Leaving Certificate Examination (including Day School Certificate (Higher) General paper), 1935
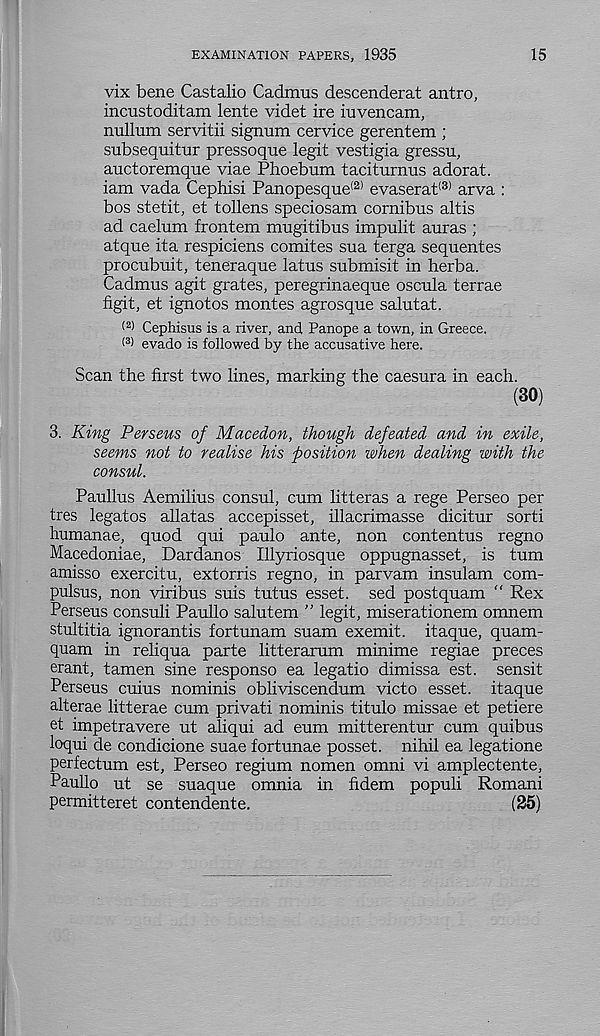
EXAMINATION PAPERS, 1935
15
vix bene Castalio Cadmus descenderat antro,
incustoditam lente videt ire iuvencam,
nullum servitii signum cervice gerentem ;
subsequitur pressoque legit vestigia gressu,
auctoremque viae Phoebum taciturnus adorat.
iam vada Cephisi Panopesque (2) evaserat (3) arva :
bos stetit, et tollens speciosam cornibus altis
ad caelum frontem mugitibus impulit auras ;
atque ita respiciens comites sua terga sequentes
procubuit, teneraque latus submisit in herba.
Cadmus agit grates, peregrinaeque oscula terrae
figit, et ignotos montes agrosque salutat.
( 2 ) Cephisus is a river, and Panope a town, in Greece.
(3) evado is followed by the accusative here.
Scan the first two lines, marking the caesura in each.
(30)
3. King Perseus of Macedon, though defeated and in exile,
seems not to realise his position when dealing with the
consul.
Paullus Aemilius consul, cum litteras a rege Perseo per
tres legates allatas accepisset, illacrimasse dicitur sorti
humanae, quod qui paulo ante, non contentus regno
Macedoniae, Dardanos Illyriosque oppugnasset, is turn
amisso exercitu, extorris regno, in parvam insulam com-
pulsus, non viribus suis tutus esset. sed postquam “ Rex
Perseus consuli Paullo salutem ” legit, miserationem omnem
stultitia ignorantis fortunam suam exemit. itaque, quam-
quam in reliqua parte litterarum minime regiae preces
erant, tamen sine response ea legatio dimissa est. sensit
Perseus cuius nominis obliviscendum victo esset. itaque
alterae litterae cum privati nominis titulo missae et petiere
et impetravere ut aliqui ad eum mitterentur cum quibus
loqui de condicione suae fortunae posset, nihil ea legatione
perfectum est, Perseo regium nomen omni vi amplectente,
Paullo ut se suaque omnia in fidem populi Romani
permitteret contendente.
(25)